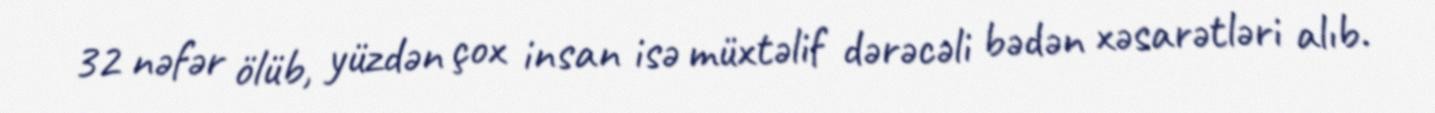
32 nəfər ölüb, yüzdən çox insan isə müxtəlif dərəcəli bədən xəsarətləri alıb.